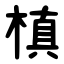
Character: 槙